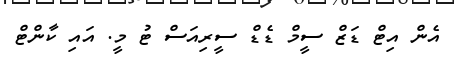
އެން އިޓް ޑަޒް ސީމް ޑެޑް ސީރިއަސް ޓު މީ. އައި ކާންޓް